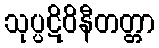
သုပ္ပဋိဝိနီတတ္တာ